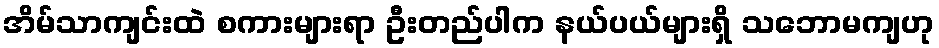
အိမ်သာကျင်းထဲ စကားများရာ ဦးတည်ပါက နယ်ပယ်များရှိ သဘောမကျဟု